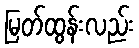
မြတ်ထွန်းလည်း